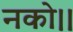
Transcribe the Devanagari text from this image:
नको।।